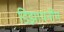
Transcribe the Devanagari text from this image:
डिझायनींग